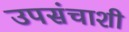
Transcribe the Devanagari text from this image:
उपसंचाशी